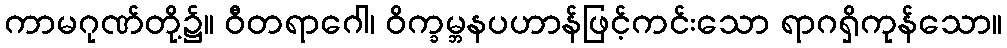
ကာမဂုဏ်တို့၌။ ဝီတရာဂေါ၊ ဝိက္ခမ္ဘနပဟာန်ဖြင့်ကင်းသော ရာဂရှိကုန်သော။